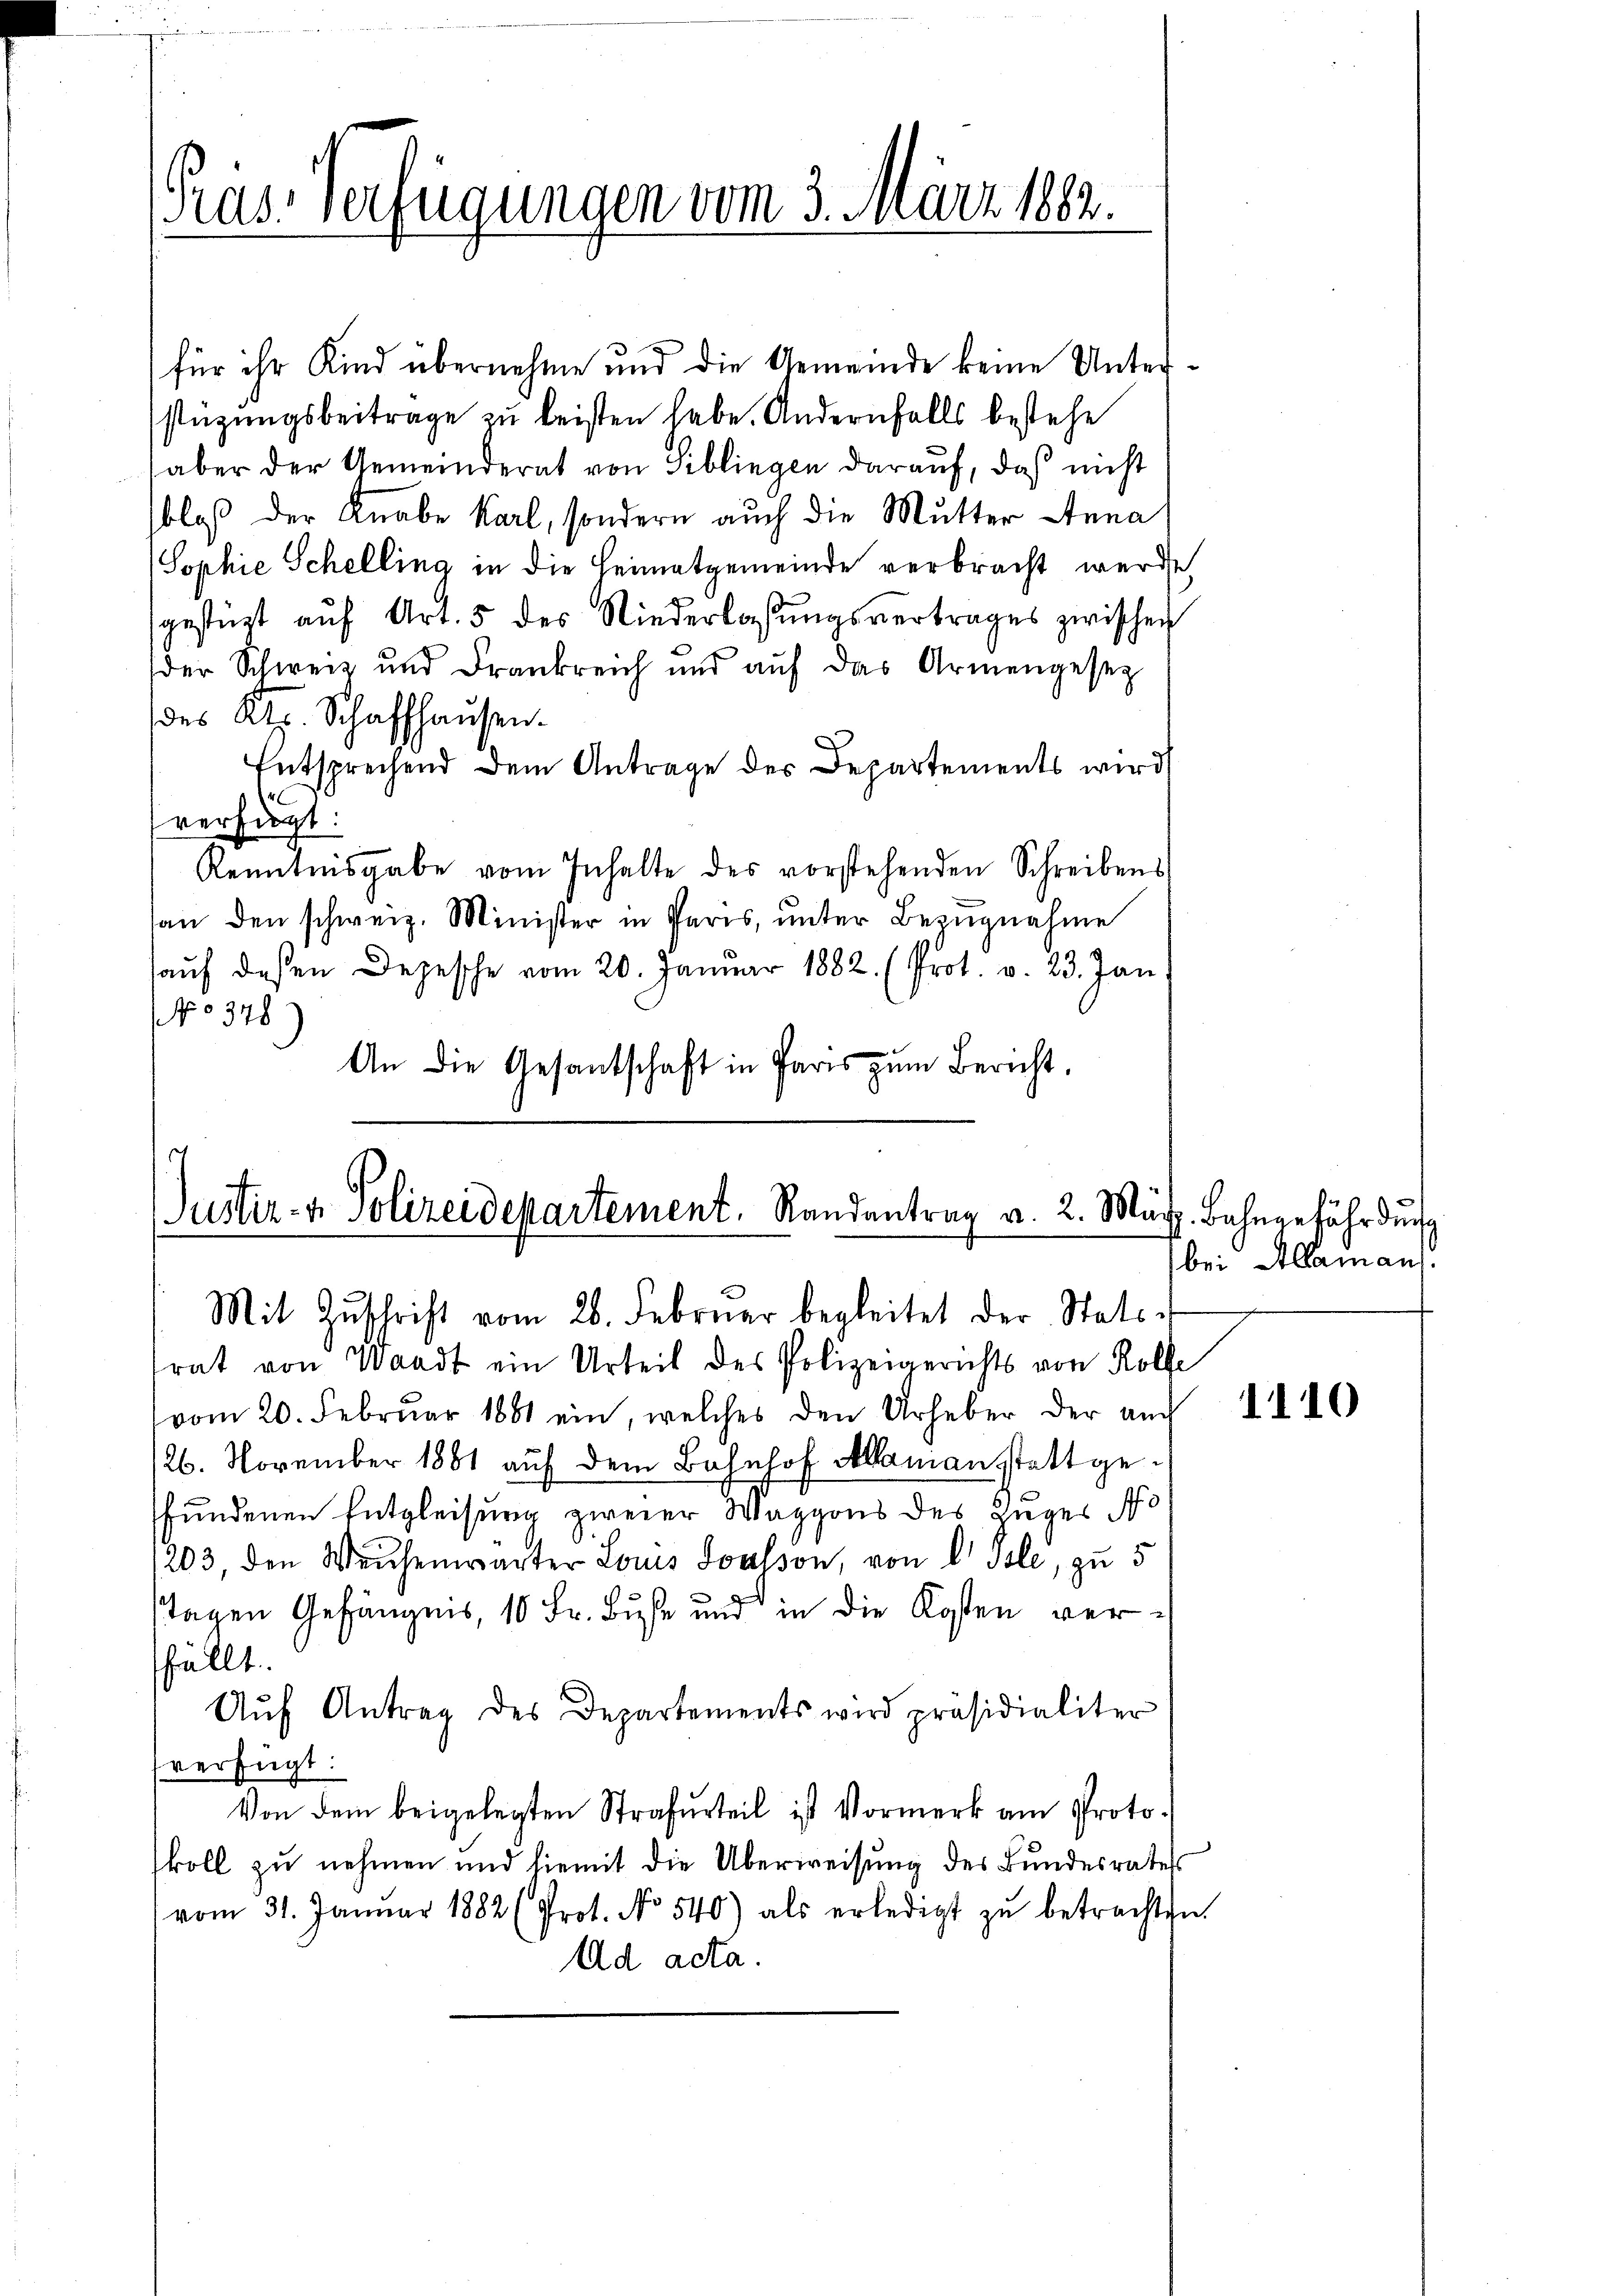
Pras-Verfügungen vom 3. März 1882.

für ihr Kind übernehme und die Gemeinde keine Unterstüzungsbeitrage zu leisten habe. Andernfalls bestehe
aber der Gemeinderat von Biblingen darauf, daß nicht
bloß der Knabe Karl, sondern auch die Mutter Anna
Sophie Schelling in die Heimatgemeinde verbracht werde
sgestüzt aŭf Art. 5 des Niederlassŭngsvertrages zwischen
der Schweiz und Frankreich und auf das Armengesez
des Kts. Schaffhausen.
Entsprechend dem Antrage des Departements wird
verfügt:
Kenntnisgabe vom Inhalte des vorstehenden Schreibens
an den schweiz. Minister in Paris, ŭnter Bezŭgnahme
aŭf deßen Depesche vom 20. Januar 1882. (Prot. v. 23. Jan
No 378
An die Gesantschaft in Paris zum Bericht,

Justiz- & Polizeidepartement. Randantrag v. 2. Mä
Mit Zŭschrift vom 26. Februar begleitet der Statte

rat von Waadt ein Urteil des Polizeigerichts von Rolle
vom 20. Februar 1881 ein, welches den Urheber der auch
126. November 1881 auf dem Bahnhof Alaman stattgefundenen Entgleisung zweier Waggons des zuges Pr
1203, den Weichenwarter Louis Soulson, von Isle, zu 5
stagen Gefängnis, 10 Fr. Buße und in die Kosten verfällt.
Aŭf Antrag des Departements wird präsidialiter
fverfügt:
Von dem beigelegten Strafurteil ist Vormerk am Protokoll zu nehmen und hiemit die Überweisung des Bundesrates
vom 31. Januar 1882 (Prot. No 540) als erledigt zŭ betrachten.
Ad acta.

H. Bahngefährdung
bei Allaman

1110